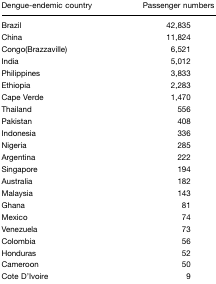
<table><thead><tr><td><b>Dengue-endemic country</b></td><td><b>Passenger numbers</b></td></tr></thead><tbody><tr><td>Brazil</td><td>42,835</td></tr><tr><td>China</td><td>11,824</td></tr><tr><td>Congo(Brazzaville)</td><td>6,521</td></tr><tr><td>India</td><td>5,012</td></tr><tr><td>Philippines</td><td>3,833</td></tr><tr><td>Ethiopia</td><td>2,283</td></tr><tr><td>Cape Verde</td><td>1,470</td></tr><tr><td>Thailand</td><td>556</td></tr><tr><td>Pakistan</td><td>408</td></tr><tr><td>Indonesia</td><td>336</td></tr><tr><td>Nigeria</td><td>285</td></tr><tr><td>Argentina</td><td>222</td></tr><tr><td>Singapore</td><td>194</td></tr><tr><td>Australia</td><td>182</td></tr><tr><td>Malaysia</td><td>143</td></tr><tr><td>Ghana</td><td>81</td></tr><tr><td>Mexico</td><td>74</td></tr><tr><td>Venezuela</td><td>73</td></tr><tr><td>Colombia</td><td>56</td></tr><tr><td>Honduras</td><td>52</td></tr><tr><td>Cameroon</td><td>50</td></tr><tr><td>Cote D&#x27;Ivoire</td><td>9</td></tr></tbody></table>